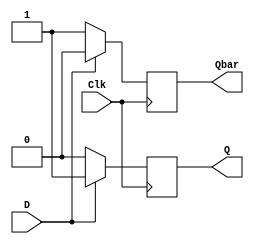
`timescale 1ns / 1ps
//////////////////////////////////////////////////////////////////////////////////
// Company: 
// Engineer: 
// 
// Design Name: 
// Module Name: d_flip_flop
// Project Name: 
// Target Devices: 
// Tool Versions: 
// Description: 
// 
// Dependencies: 
// 
// Revision:
// Revision 0.01 - File Created
// Additional Comments:
// 
//////////////////////////////////////////////////////////////////////////////////


module d_flip_flop(
    input D,
    input Clk,
    output reg Q,
    output reg Qbar
    );
    always @(posedge Clk)
    begin
    if(D==1)
    begin
    Q<=1;
    Qbar<=0;
    end
    else
    begin
    Q<=0;
    Qbar<=1;
    end
    end
endmodule